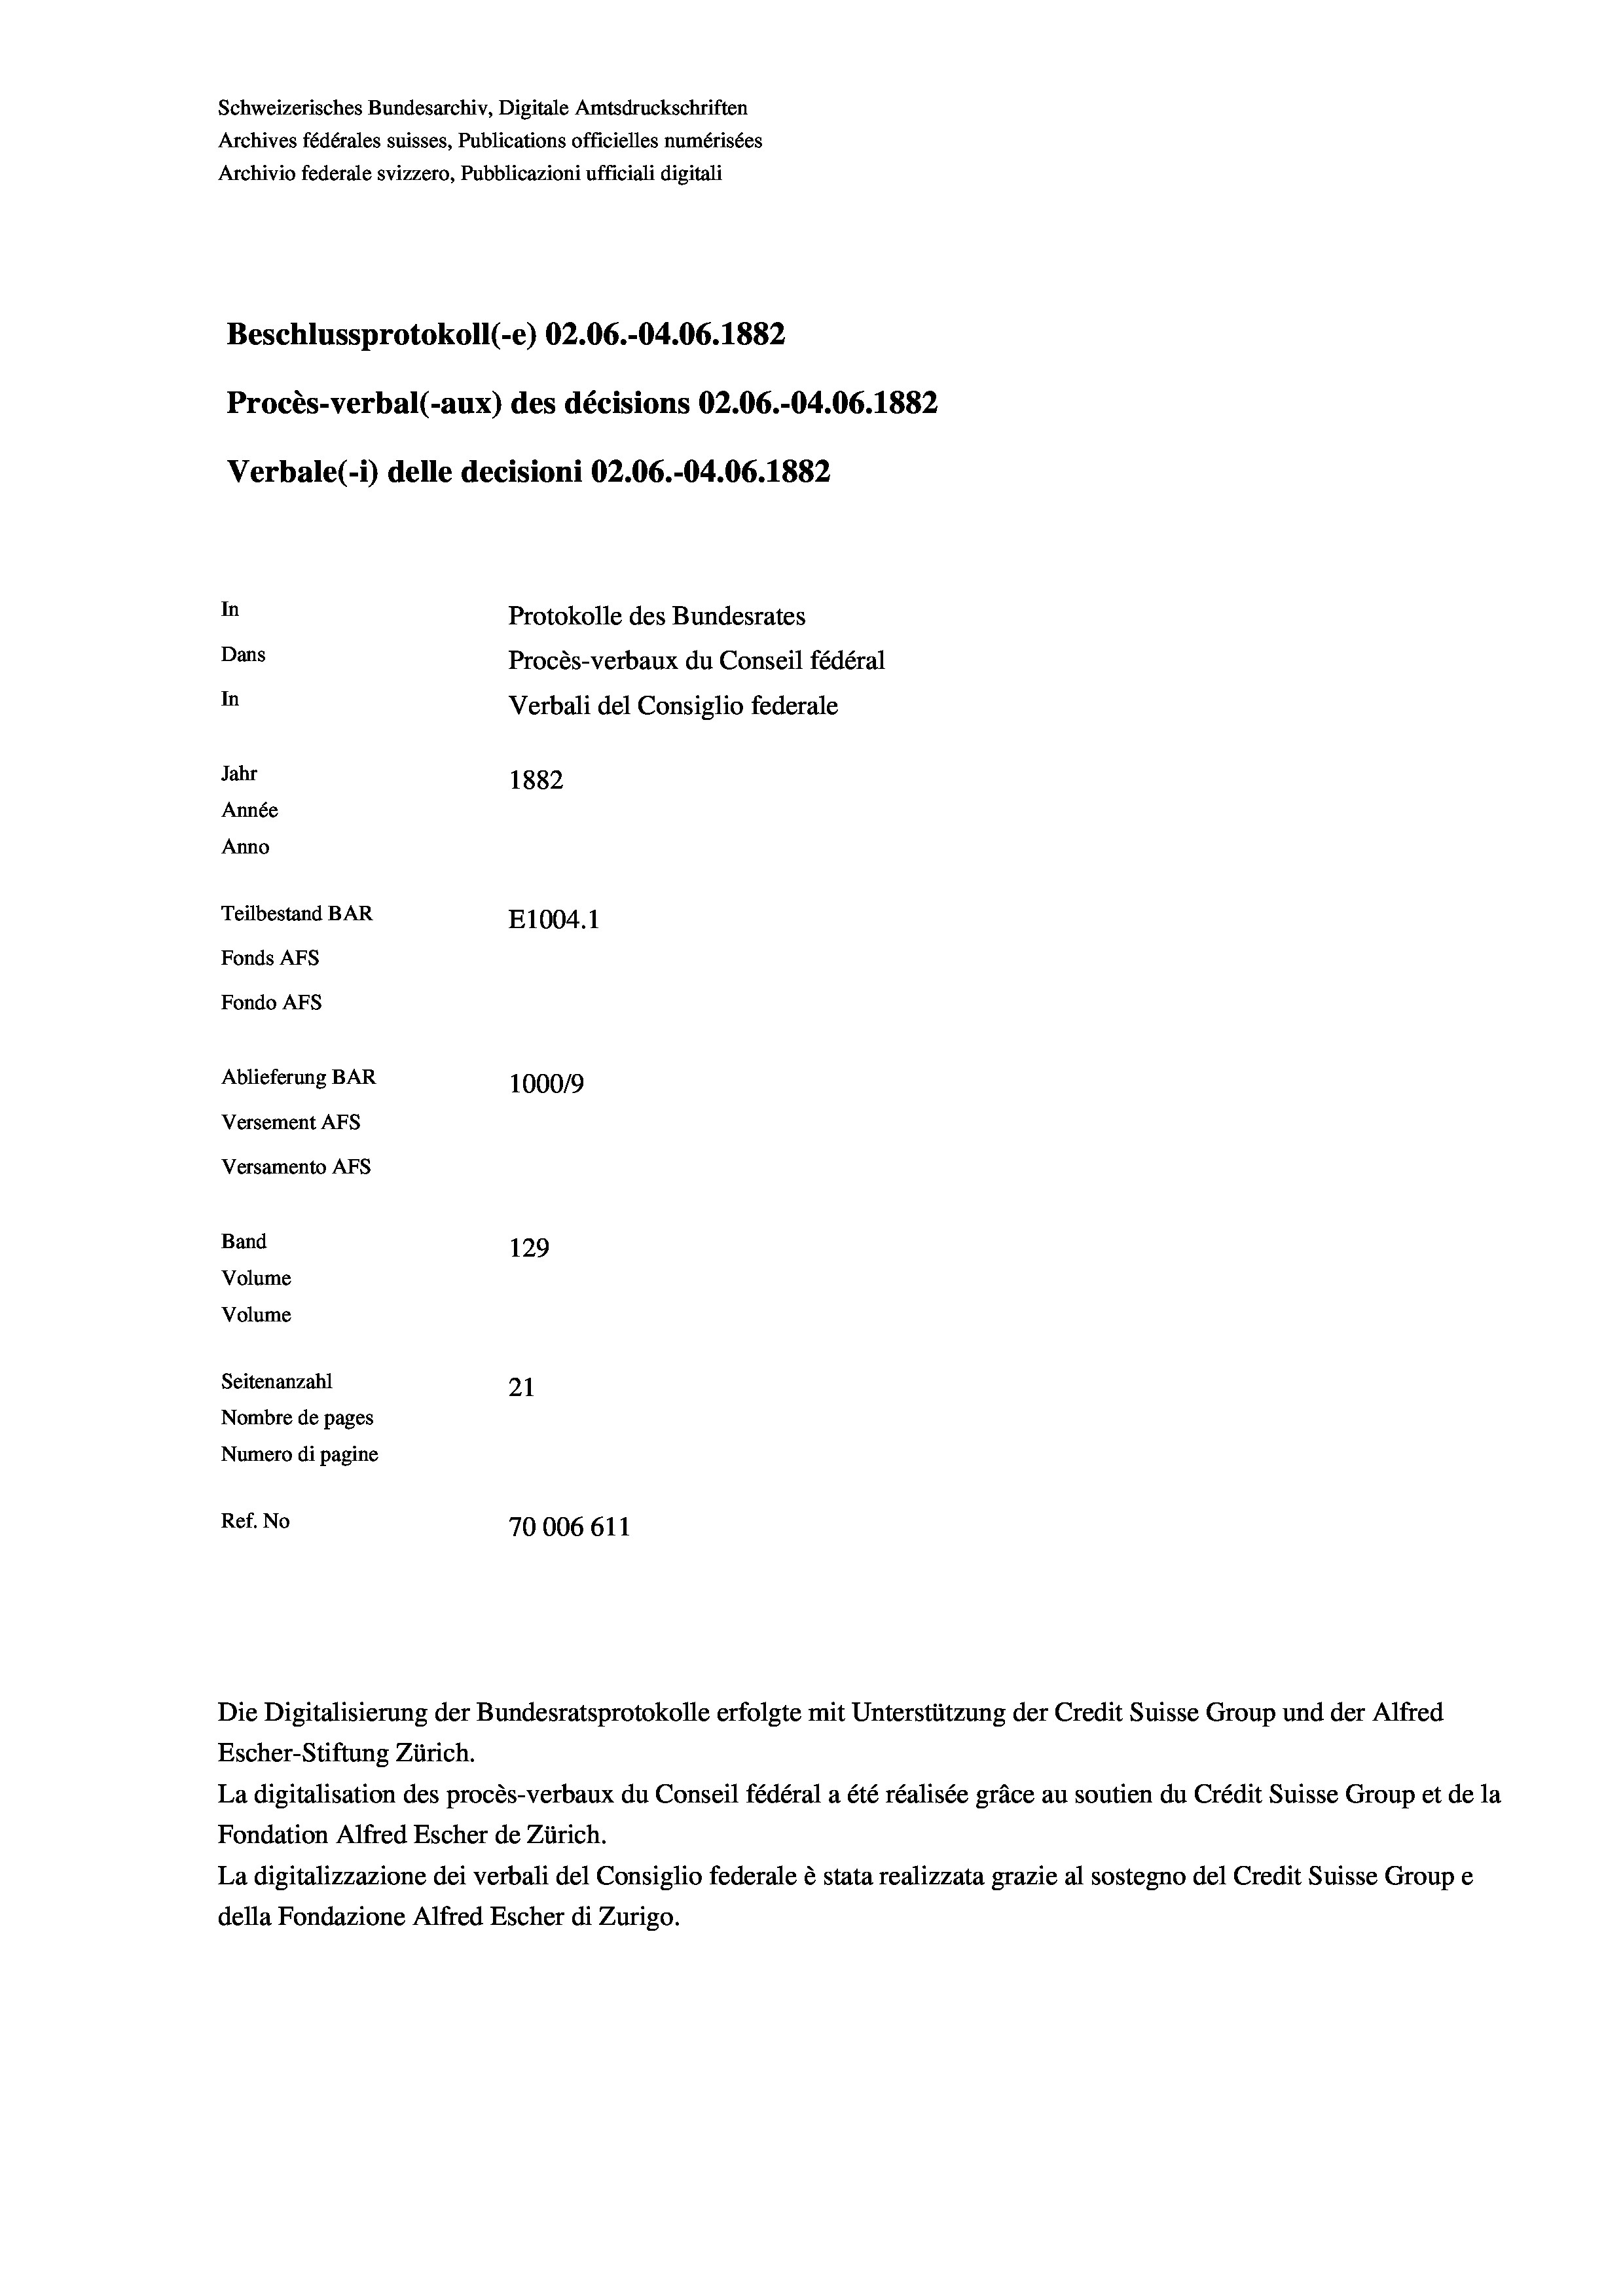
Schweizerisches Bundesarchiv, Digitale Amtsdruckschriften
Archives fédérales suisses, Publications officielles numérisées
Archivio federale svizzero, Pubblicazioni ufficiali digitali
Beschlussprotokoll (-e) 02.06.-04.06. 1882
Procès-verbal (-aux) des décisions 02.06.-04.06. 1882
Verbale (- 1) delle decisioni 02.06.-04.06. 1882
In
Protokolle des Bundesrates
Dans
Procès-verbaux du Conseil fédéral
In
Verbali del Consiglio federale
Jahr
1882
Année
Anno
Teilbestand BAR
E1004. 1
Fonds AFs
Fondo Afs
Ablieferung BAR
100019
Versement AFs
Versamento Afs
Band
129
Volume
Volume
Seitenanzahl
21
Nombre de pages
Numero di pagine
Ref. No
70006 611

Escher-Stiftung Zürich.
La digitalisation des procès-verbaux du Conseil fédéral a été réalisée gräce au soutien du Crédit Suisse Group et de la
Fondation Alfred Escher de Zürich.
La digitalizzazione dei verbali del Consiglio federale è stata realizzata grazie al sostegno del Credit Suisse Groupe
della Fondazione Alfred Escher di Zurigo.

Die Digitalisierung der Bundesratsprotokolle erfolgte mit Unterstützung der Credit Suisse Group und der Alfred